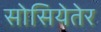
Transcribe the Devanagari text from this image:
सोसियेतेर